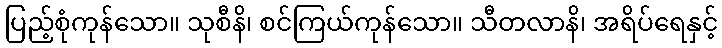
ပြည့်စုံကုန်သော။ သုစီနိ၊ စင်ကြယ်ကုန်သော။ သီတလာနိ၊ အရိပ်ရေနှင့်